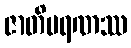
ဇာတိမရဏဿ